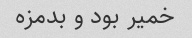
خمیر بود و بدمزه